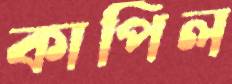
কাপিল